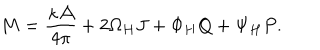
M = { \frac { \kappa { \cal A } } { 4 \pi } } + 2 \Omega _ { H } J + \Phi _ { H } Q + \Psi _ { H } P .